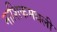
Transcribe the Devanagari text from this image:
नाशिकमधली